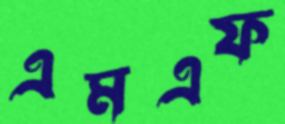
এমএফ